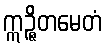
ဣဉ္ဇိတမေတံ